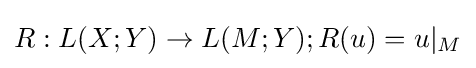
R:L(X;Y)\to L(M;Y);R(u)=u|_{M}